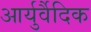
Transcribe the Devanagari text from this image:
आर्युर्वैदिक